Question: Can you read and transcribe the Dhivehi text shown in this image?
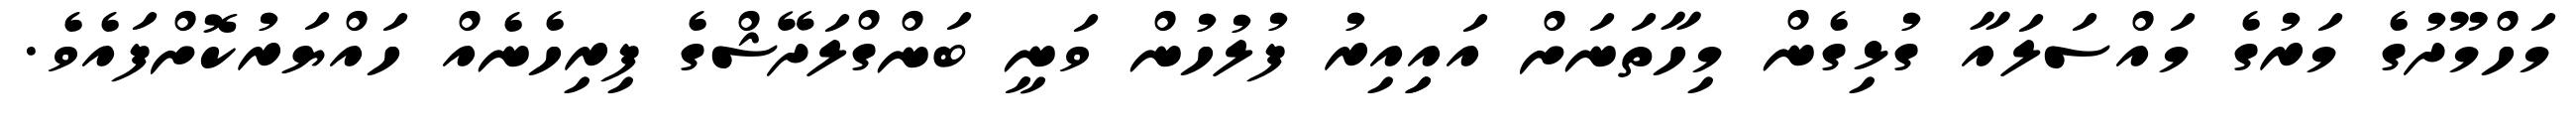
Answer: މަހްމޫދުގެ މަރުގެ މައްސަލައާ ގުޅިގެން މިހާތަނަށް އައިިއިރު ފުލުހުން ވަނީ ބަންގްލަދޭޝްގެ ފިރިހެނެއް ހައްޔަރުކޮށްފައެވެ.